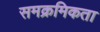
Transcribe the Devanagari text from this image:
समक्रमिकता